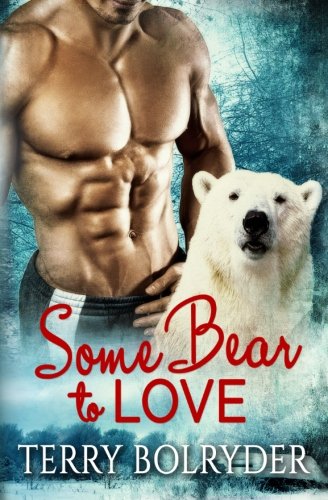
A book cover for Some Bear to Love; Terry Bolryder; Romance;